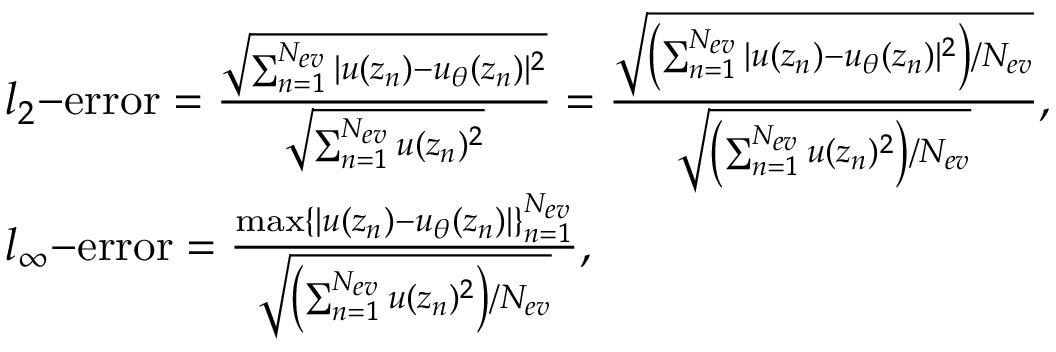
\begin{array} { r l } & { l _ { 2 } \mathrm { - e r r o r } = \frac { \sqrt { \sum _ { n = 1 } ^ { N _ { e v } } | u ( z _ { n } ) - u _ { \theta } ( z _ { n } ) | ^ { 2 } } } { \sqrt { \sum _ { n = 1 } ^ { N _ { e v } } u ( z _ { n } ) ^ { 2 } } } = \frac { \sqrt { \left( \sum _ { n = 1 } ^ { N _ { e v } } | u ( z _ { n } ) - u _ { \theta } ( z _ { n } ) | ^ { 2 } \right) / N _ { e v } } } { \sqrt { \left( \sum _ { n = 1 } ^ { N _ { e v } } u ( z _ { n } ) ^ { 2 } \right) / N _ { e v } } } , } \\ & { l _ { \infty } \mathrm { - e r r o r } = \frac { \operatorname* { m a x } \{ | u ( z _ { n } ) - u _ { \theta } ( z _ { n } ) | \} _ { n = 1 } ^ { N _ { e v } } } { \sqrt { \left( \sum _ { n = 1 } ^ { N _ { e v } } u ( z _ { n } ) ^ { 2 } \right) / N _ { e v } } } , } \end{array}